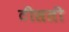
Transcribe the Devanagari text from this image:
टीसती